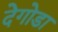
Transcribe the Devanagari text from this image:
देगोडा